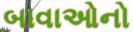
બાવાઓનો